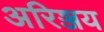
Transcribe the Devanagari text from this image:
अरिञ्जय